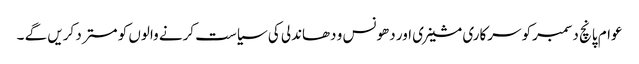
عوام پانچ دسمبرکو سرکاری مشینری اور دھونس و دھاندلی کی سیاست کرنے والوں کو مستر د کریں گے ۔